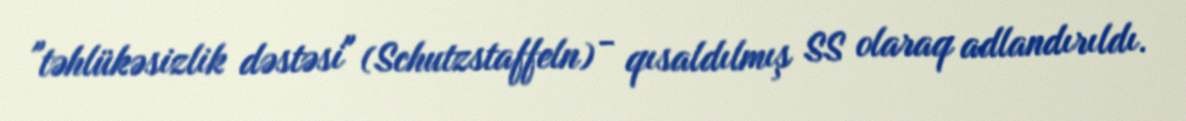
"təhlükəsizlik dəstəsi" (Schutzstaffeln) - qısaldılmış SS olaraq adlandırıldı.